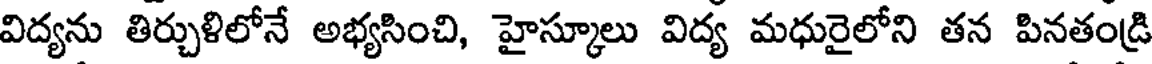
విద్యను తిర్చుళిలోనే అభ్యసించి, హైస్కూలు విద్య మధురైలోని తన పినతండ్రి